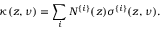
\kappa ( z , \nu ) = \sum _ { i } N ^ { \{ i \} } ( z ) \sigma ^ { \{ i \} } ( z , \nu ) .